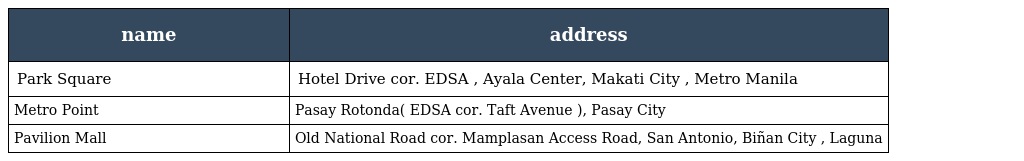
| name | address |
 | --- | --- |
 | Park Square | Hotel Drive cor. EDSA , Ayala Center, Makati City , Metro Manila |
 | Metro Point | Pasay Rotonda( EDSA cor. Taft Avenue ), Pasay City |
 | Pavilion Mall | Old National Road cor. Mamplasan Access Road, San Antonio, Biñan City , Laguna |